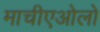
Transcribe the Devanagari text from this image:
माचीएओलो